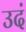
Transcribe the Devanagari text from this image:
उदं